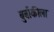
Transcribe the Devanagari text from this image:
बुर्बाकीला